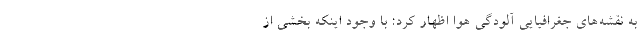
به نقشه‌های جغرافیایی آلودگی هوا اظهار کرد: با وجود اینکه بخشی از